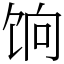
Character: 饷